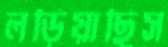
লড়িয়াছিস